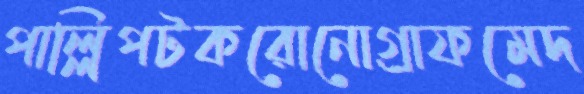
পাল্লিপটকরোনোগ্রাফমেদ